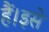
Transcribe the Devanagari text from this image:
हैं।इसे